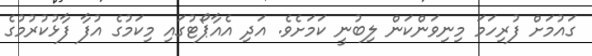
ގައުމަށް ފުރިހަމަ މިނިވަންކަން ލިބުނީ ކަމަށެވެ. އަދި އެއާޕޯޓުގައި މިކަމުގެ އުފާ ފާޅުކުރުމުގެ